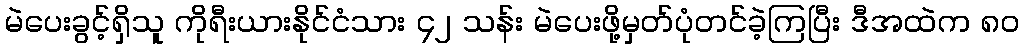
မဲပေးခွင့်ရှိသူ ကိုရီးယားနိုင်ငံသား ၄၂ သန်း မဲပေးဖို့မှတ်ပုံတင်ခဲ့ကြပြီး ဒီအထဲက ၈၀